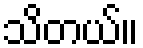
သိတယ်။